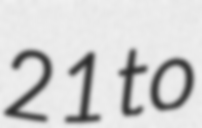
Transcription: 21 to